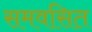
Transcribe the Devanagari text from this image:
समवसित